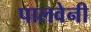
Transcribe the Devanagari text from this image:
पालवेनी